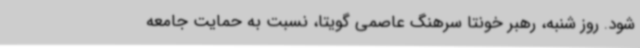
شود. روز شنبه، رهبر خونتا سرهنگ عاصمی گویتا، نسبت به حمایت جامعه